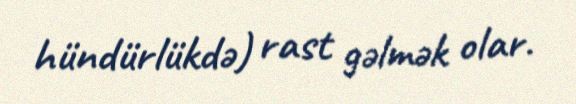
hündürlükdə) rast gəlmək olar.